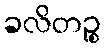
ခလိတဉ္စ